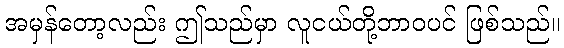
အမှန်တော့လည်း ဤသည်မှာ လူငယ်တို့ဘာဝပင် ဖြစ်သည်။